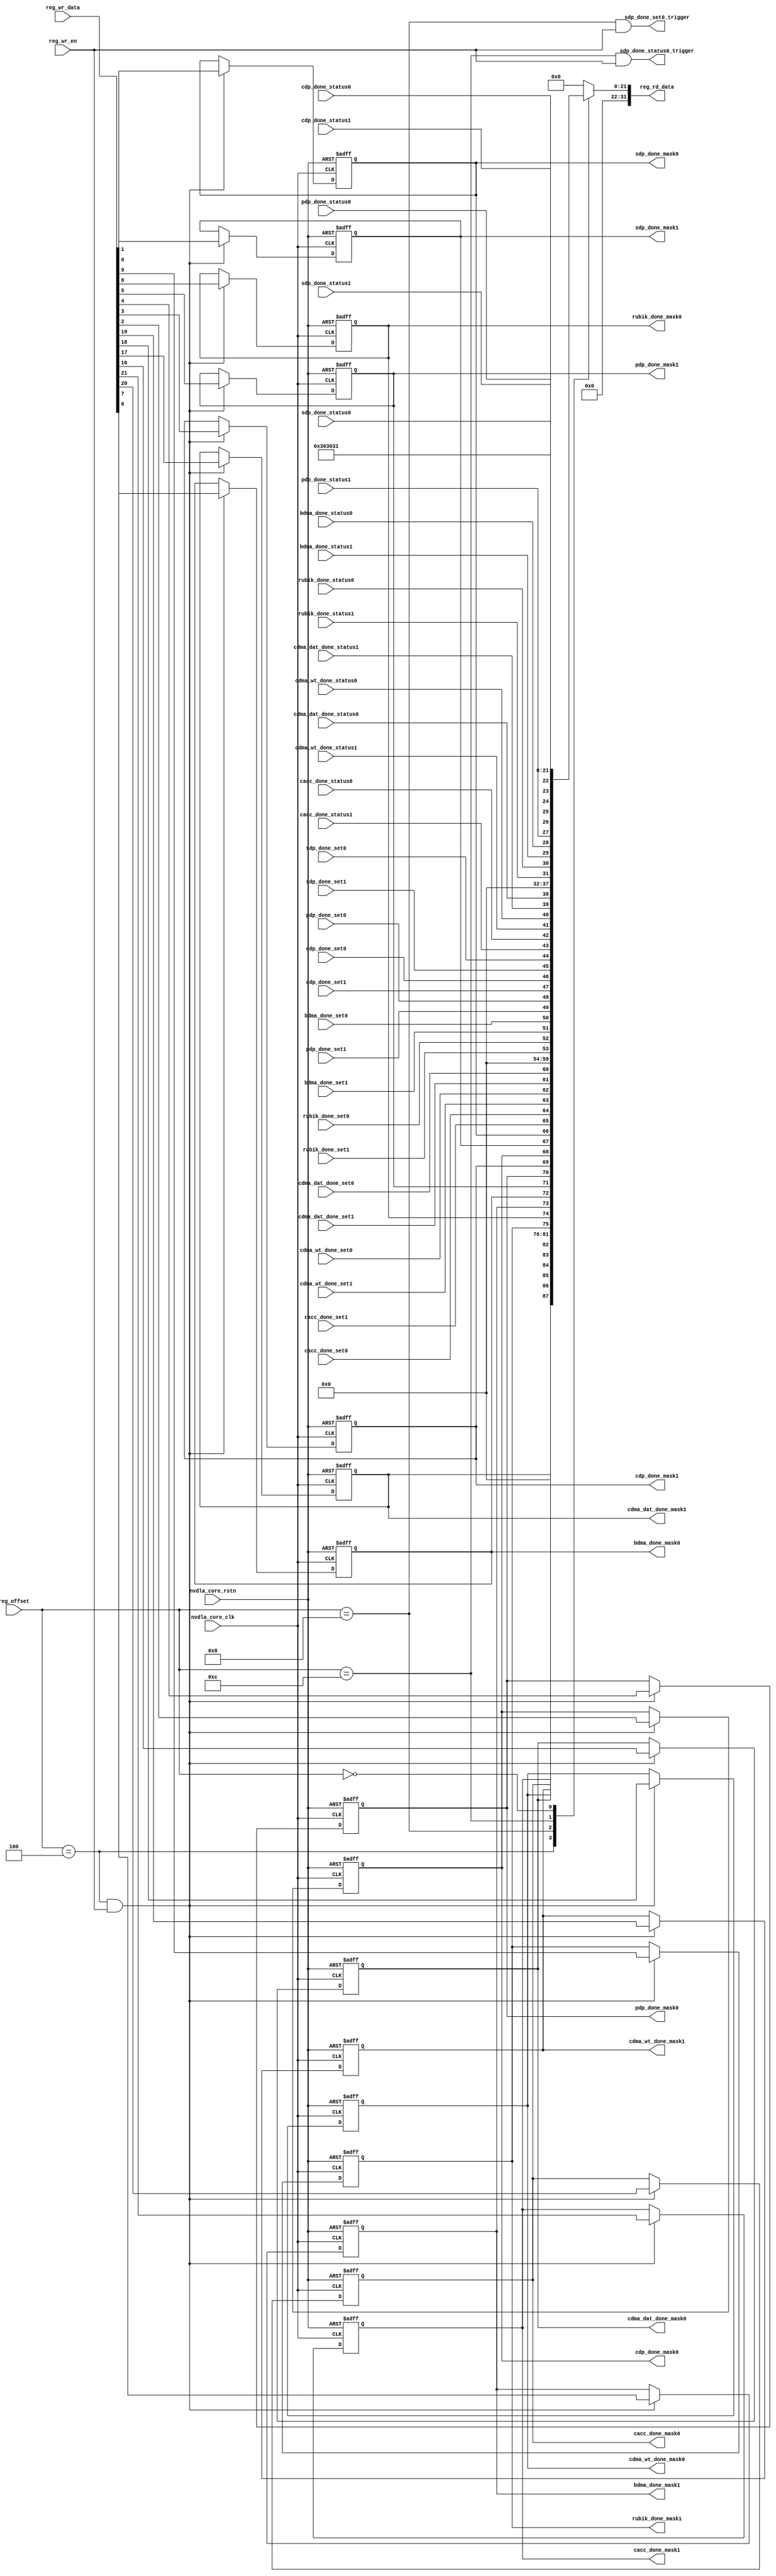
// ================================================================
// NVDLA Open Source Project
// 
// Copyright(c) 2016 - 2017 NVIDIA Corporation.  Licensed under the
// NVDLA Open Hardware License; Check "LICENSE" which comes with 
// this distribution for more information.
// ================================================================


module NV_NVDLA_GLB_CSB_reg (
   reg_rd_data
  ,reg_offset
   // verilint 498 off
   // leda UNUSED_DEC off
  ,reg_wr_data
   // verilint 498 on
   // leda UNUSED_DEC on
  ,reg_wr_en
  ,nvdla_core_clk
  ,nvdla_core_rstn
  ,bdma_done_mask0
  ,bdma_done_mask1
  ,cacc_done_mask0
  ,cacc_done_mask1
  ,cdma_dat_done_mask0
  ,cdma_dat_done_mask1
  ,cdma_wt_done_mask0
  ,cdma_wt_done_mask1
  ,cdp_done_mask0
  ,cdp_done_mask1
  ,pdp_done_mask0
  ,pdp_done_mask1
  ,rubik_done_mask0
  ,rubik_done_mask1
  ,sdp_done_mask0
  ,sdp_done_mask1
  ,sdp_done_set0_trigger
  ,sdp_done_status0_trigger
  ,bdma_done_set0
  ,bdma_done_set1
  ,cacc_done_set0
  ,cacc_done_set1
  ,cdma_dat_done_set0
  ,cdma_dat_done_set1
  ,cdma_wt_done_set0
  ,cdma_wt_done_set1
  ,cdp_done_set0
  ,cdp_done_set1
  ,pdp_done_set0
  ,pdp_done_set1
  ,rubik_done_set0
  ,rubik_done_set1
  ,sdp_done_set0
  ,sdp_done_set1
  ,bdma_done_status0
  ,bdma_done_status1
  ,cacc_done_status0
  ,cacc_done_status1
  ,cdma_dat_done_status0
  ,cdma_dat_done_status1
  ,cdma_wt_done_status0
  ,cdma_wt_done_status1
  ,cdp_done_status0
  ,cdp_done_status1
  ,pdp_done_status0
  ,pdp_done_status1
  ,rubik_done_status0
  ,rubik_done_status1
  ,sdp_done_status0
  ,sdp_done_status1
  );

wire    [7:0] major;
wire   [15:0] minor;
wire   [31:0] nvdla_glb_s_intr_mask_0_out;
wire   [31:0] nvdla_glb_s_intr_set_0_out;
wire   [31:0] nvdla_glb_s_intr_status_0_out;
wire   [31:0] nvdla_glb_s_nvdla_hw_version_0_out;
wire   [11:0] reg_offset_rd_int;
wire   [31:0] reg_offset_wr;
// Register control interface
output [31:0] reg_rd_data;
input [11:0]  reg_offset;
input [31:0]  reg_wr_data;  //(UNUSED_DEC)
input         reg_wr_en;
input         nvdla_core_clk;
input         nvdla_core_rstn;


// Writable register flop/trigger outputs
output        bdma_done_mask0;
output        bdma_done_mask1;
output        cacc_done_mask0;
output        cacc_done_mask1;
output        cdma_dat_done_mask0;
output        cdma_dat_done_mask1;
output        cdma_wt_done_mask0;
output        cdma_wt_done_mask1;
output        cdp_done_mask0;
output        cdp_done_mask1;
output        pdp_done_mask0;
output        pdp_done_mask1;
output        rubik_done_mask0;
output        rubik_done_mask1;
output        sdp_done_mask0;
output        sdp_done_mask1;
output        sdp_done_set0_trigger;
output        sdp_done_status0_trigger;

// Read-only register inputs
input         bdma_done_set0;
input         bdma_done_set1;
input         cacc_done_set0;
input         cacc_done_set1;
input         cdma_dat_done_set0;
input         cdma_dat_done_set1;
input         cdma_wt_done_set0;
input         cdma_wt_done_set1;
input         cdp_done_set0;
input         cdp_done_set1;
input         pdp_done_set0;
input         pdp_done_set1;
input         rubik_done_set0;
input         rubik_done_set1;
input         sdp_done_set0;
input         sdp_done_set1;
input         bdma_done_status0;
input         bdma_done_status1;
input         cacc_done_status0;
input         cacc_done_status1;
input         cdma_dat_done_status0;
input         cdma_dat_done_status1;
input         cdma_wt_done_status0;
input         cdma_wt_done_status1;
input         cdp_done_status0;
input         cdp_done_status1;
input         pdp_done_status0;
input         pdp_done_status1;
input         rubik_done_status0;
input         rubik_done_status1;
input         sdp_done_status0;
input         sdp_done_status1;

// wr_mask register inputs

// rstn register inputs

// leda FM_2_23 off
reg           arreggen_abort_on_invalid_wr;
reg           arreggen_abort_on_rowr;
reg           arreggen_dump;
// leda FM_2_23 on
reg           bdma_done_mask0;
reg           bdma_done_mask1;
reg           cacc_done_mask0;
reg           cacc_done_mask1;
reg           cdma_dat_done_mask0;
reg           cdma_dat_done_mask1;
reg           cdma_wt_done_mask0;
reg           cdma_wt_done_mask1;
reg           cdp_done_mask0;
reg           cdp_done_mask1;
reg           pdp_done_mask0;
reg           pdp_done_mask1;
reg    [31:0] reg_rd_data;
reg           rubik_done_mask0;
reg           rubik_done_mask1;
reg           sdp_done_mask0;
reg           sdp_done_mask1;

assign reg_offset_wr = {20'b0 , reg_offset};
// SCR signals

// Address decode
wire nvdla_glb_s_intr_mask_0_wren = (reg_offset_wr == (32'h4  & 32'h00000fff)) & reg_wr_en ;  //spyglass disable UnloadedNet-ML //(W528)
wire nvdla_glb_s_intr_set_0_wren = (reg_offset_wr == (32'h8  & 32'h00000fff)) & reg_wr_en ;  //spyglass disable UnloadedNet-ML //(W528)
wire nvdla_glb_s_intr_status_0_wren = (reg_offset_wr == (32'hc  & 32'h00000fff)) & reg_wr_en ;  //spyglass disable UnloadedNet-ML //(W528)
wire nvdla_glb_s_nvdla_hw_version_0_wren = (reg_offset_wr == (32'h0  & 32'h00000fff)) & reg_wr_en ;  //spyglass disable UnloadedNet-ML //(W528)

assign major = 8'h31;
assign minor = 16'h3030;
assign nvdla_glb_s_intr_mask_0_out[31:0] = { 10'b0, cacc_done_mask1, cacc_done_mask0, cdma_wt_done_mask1, cdma_wt_done_mask0, cdma_dat_done_mask1, cdma_dat_done_mask0, 6'b0, rubik_done_mask1, rubik_done_mask0, bdma_done_mask1, bdma_done_mask0, pdp_done_mask1, pdp_done_mask0, cdp_done_mask1, cdp_done_mask0, sdp_done_mask1, sdp_done_mask0 };
assign nvdla_glb_s_intr_set_0_out[31:0] = { 10'b0, cacc_done_set1, cacc_done_set0, cdma_wt_done_set1, cdma_wt_done_set0, cdma_dat_done_set1, cdma_dat_done_set0, 6'b0, rubik_done_set1, rubik_done_set0, bdma_done_set1, bdma_done_set0, pdp_done_set1, pdp_done_set0, cdp_done_set1, cdp_done_set0, sdp_done_set1, sdp_done_set0 };
assign nvdla_glb_s_intr_status_0_out[31:0] = { 10'b0, cacc_done_status1, cacc_done_status0, cdma_wt_done_status1, cdma_wt_done_status0, cdma_dat_done_status1, cdma_dat_done_status0, 6'b0, rubik_done_status1, rubik_done_status0, bdma_done_status1, bdma_done_status0, pdp_done_status1, pdp_done_status0, cdp_done_status1, cdp_done_status0, sdp_done_status1, sdp_done_status0 };
assign nvdla_glb_s_nvdla_hw_version_0_out[31:0] = { 8'b0, minor, major };

assign sdp_done_set0_trigger = nvdla_glb_s_intr_set_0_wren;  //(W563)
assign sdp_done_status0_trigger = nvdla_glb_s_intr_status_0_wren;  //(W563)

assign reg_offset_rd_int = reg_offset;
// Output mux
//spyglass disable_block W338, W263 
always @(
  reg_offset_rd_int
  or nvdla_glb_s_intr_mask_0_out
  or nvdla_glb_s_intr_set_0_out
  or nvdla_glb_s_intr_status_0_out
  or nvdla_glb_s_nvdla_hw_version_0_out
  ) begin
  case (reg_offset_rd_int)
     (32'h4  & 32'h00000fff): begin 
                            reg_rd_data =  nvdla_glb_s_intr_mask_0_out ;
                            end 
     (32'h8  & 32'h00000fff): begin 
                            reg_rd_data =  nvdla_glb_s_intr_set_0_out ;
                            end 
     (32'hc  & 32'h00000fff): begin 
                            reg_rd_data =  nvdla_glb_s_intr_status_0_out ;
                            end 
     (32'h0  & 32'h00000fff): begin 
                            reg_rd_data =  nvdla_glb_s_nvdla_hw_version_0_out ;
                            end 
    default: reg_rd_data = {32{1'b0}};
  endcase
end

//spyglass enable_block W338, W263

// spyglass disable_block STARC-2.10.1.6, NoConstWithXZ, W443

// Register flop declarations
always @(posedge nvdla_core_clk or negedge nvdla_core_rstn) begin
  if (!nvdla_core_rstn) begin
    bdma_done_mask0 <= 1'b0;
    bdma_done_mask1 <= 1'b0;
    cacc_done_mask0 <= 1'b0;
    cacc_done_mask1 <= 1'b0;
    cdma_dat_done_mask0 <= 1'b0;
    cdma_dat_done_mask1 <= 1'b0;
    cdma_wt_done_mask0 <= 1'b0;
    cdma_wt_done_mask1 <= 1'b0;
    cdp_done_mask0 <= 1'b0;
    cdp_done_mask1 <= 1'b0;
    pdp_done_mask0 <= 1'b0;
    pdp_done_mask1 <= 1'b0;
    rubik_done_mask0 <= 1'b0;
    rubik_done_mask1 <= 1'b0;
    sdp_done_mask0 <= 1'b0;
    sdp_done_mask1 <= 1'b0;
  end else begin
  // Register: NVDLA_GLB_S_INTR_MASK_0    Field: bdma_done_mask0
  if (nvdla_glb_s_intr_mask_0_wren) begin
    bdma_done_mask0 <= reg_wr_data[6];
  end

  // Register: NVDLA_GLB_S_INTR_MASK_0    Field: bdma_done_mask1
  if (nvdla_glb_s_intr_mask_0_wren) begin
    bdma_done_mask1 <= reg_wr_data[7];
  end

  // Register: NVDLA_GLB_S_INTR_MASK_0    Field: cacc_done_mask0
  if (nvdla_glb_s_intr_mask_0_wren) begin
    cacc_done_mask0 <= reg_wr_data[20];
  end

  // Register: NVDLA_GLB_S_INTR_MASK_0    Field: cacc_done_mask1
  if (nvdla_glb_s_intr_mask_0_wren) begin
    cacc_done_mask1 <= reg_wr_data[21];
  end

  // Register: NVDLA_GLB_S_INTR_MASK_0    Field: cdma_dat_done_mask0
  if (nvdla_glb_s_intr_mask_0_wren) begin
    cdma_dat_done_mask0 <= reg_wr_data[16];
  end

  // Register: NVDLA_GLB_S_INTR_MASK_0    Field: cdma_dat_done_mask1
  if (nvdla_glb_s_intr_mask_0_wren) begin
    cdma_dat_done_mask1 <= reg_wr_data[17];
  end

  // Register: NVDLA_GLB_S_INTR_MASK_0    Field: cdma_wt_done_mask0
  if (nvdla_glb_s_intr_mask_0_wren) begin
    cdma_wt_done_mask0 <= reg_wr_data[18];
  end

  // Register: NVDLA_GLB_S_INTR_MASK_0    Field: cdma_wt_done_mask1
  if (nvdla_glb_s_intr_mask_0_wren) begin
    cdma_wt_done_mask1 <= reg_wr_data[19];
  end

  // Register: NVDLA_GLB_S_INTR_MASK_0    Field: cdp_done_mask0
  if (nvdla_glb_s_intr_mask_0_wren) begin
    cdp_done_mask0 <= reg_wr_data[2];
  end

  // Register: NVDLA_GLB_S_INTR_MASK_0    Field: cdp_done_mask1
  if (nvdla_glb_s_intr_mask_0_wren) begin
    cdp_done_mask1 <= reg_wr_data[3];
  end

  // Register: NVDLA_GLB_S_INTR_MASK_0    Field: pdp_done_mask0
  if (nvdla_glb_s_intr_mask_0_wren) begin
    pdp_done_mask0 <= reg_wr_data[4];
  end

  // Register: NVDLA_GLB_S_INTR_MASK_0    Field: pdp_done_mask1
  if (nvdla_glb_s_intr_mask_0_wren) begin
    pdp_done_mask1 <= reg_wr_data[5];
  end

  // Register: NVDLA_GLB_S_INTR_MASK_0    Field: rubik_done_mask0
  if (nvdla_glb_s_intr_mask_0_wren) begin
    rubik_done_mask0 <= reg_wr_data[8];
  end

  // Register: NVDLA_GLB_S_INTR_MASK_0    Field: rubik_done_mask1
  if (nvdla_glb_s_intr_mask_0_wren) begin
    rubik_done_mask1 <= reg_wr_data[9];
  end

  // Register: NVDLA_GLB_S_INTR_MASK_0    Field: sdp_done_mask0
  if (nvdla_glb_s_intr_mask_0_wren) begin
    sdp_done_mask0 <= reg_wr_data[0];
  end

  // Register: NVDLA_GLB_S_INTR_MASK_0    Field: sdp_done_mask1
  if (nvdla_glb_s_intr_mask_0_wren) begin
    sdp_done_mask1 <= reg_wr_data[1];
  end

  // Not generating flops for field NVDLA_GLB_S_INTR_SET_0::bdma_done_set0 (to be implemented outside)

  // Not generating flops for field NVDLA_GLB_S_INTR_SET_0::bdma_done_set1 (to be implemented outside)

  // Not generating flops for field NVDLA_GLB_S_INTR_SET_0::cacc_done_set0 (to be implemented outside)

  // Not generating flops for field NVDLA_GLB_S_INTR_SET_0::cacc_done_set1 (to be implemented outside)

  // Not generating flops for field NVDLA_GLB_S_INTR_SET_0::cdma_dat_done_set0 (to be implemented outside)

  // Not generating flops for field NVDLA_GLB_S_INTR_SET_0::cdma_dat_done_set1 (to be implemented outside)

  // Not generating flops for field NVDLA_GLB_S_INTR_SET_0::cdma_wt_done_set0 (to be implemented outside)

  // Not generating flops for field NVDLA_GLB_S_INTR_SET_0::cdma_wt_done_set1 (to be implemented outside)

  // Not generating flops for field NVDLA_GLB_S_INTR_SET_0::cdp_done_set0 (to be implemented outside)

  // Not generating flops for field NVDLA_GLB_S_INTR_SET_0::cdp_done_set1 (to be implemented outside)

  // Not generating flops for field NVDLA_GLB_S_INTR_SET_0::pdp_done_set0 (to be implemented outside)

  // Not generating flops for field NVDLA_GLB_S_INTR_SET_0::pdp_done_set1 (to be implemented outside)

  // Not generating flops for field NVDLA_GLB_S_INTR_SET_0::rubik_done_set0 (to be implemented outside)

  // Not generating flops for field NVDLA_GLB_S_INTR_SET_0::rubik_done_set1 (to be implemented outside)

  // Not generating flops for field NVDLA_GLB_S_INTR_SET_0::sdp_done_set0 (to be implemented outside)

  // Not generating flops for field NVDLA_GLB_S_INTR_SET_0::sdp_done_set1 (to be implemented outside)

  // Not generating flops for field NVDLA_GLB_S_INTR_STATUS_0::bdma_done_status0 (to be implemented outside)

  // Not generating flops for field NVDLA_GLB_S_INTR_STATUS_0::bdma_done_status1 (to be implemented outside)

  // Not generating flops for field NVDLA_GLB_S_INTR_STATUS_0::cacc_done_status0 (to be implemented outside)

  // Not generating flops for field NVDLA_GLB_S_INTR_STATUS_0::cacc_done_status1 (to be implemented outside)

  // Not generating flops for field NVDLA_GLB_S_INTR_STATUS_0::cdma_dat_done_status0 (to be implemented outside)

  // Not generating flops for field NVDLA_GLB_S_INTR_STATUS_0::cdma_dat_done_status1 (to be implemented outside)

  // Not generating flops for field NVDLA_GLB_S_INTR_STATUS_0::cdma_wt_done_status0 (to be implemented outside)

  // Not generating flops for field NVDLA_GLB_S_INTR_STATUS_0::cdma_wt_done_status1 (to be implemented outside)

  // Not generating flops for field NVDLA_GLB_S_INTR_STATUS_0::cdp_done_status0 (to be implemented outside)

  // Not generating flops for field NVDLA_GLB_S_INTR_STATUS_0::cdp_done_status1 (to be implemented outside)

  // Not generating flops for field NVDLA_GLB_S_INTR_STATUS_0::pdp_done_status0 (to be implemented outside)

  // Not generating flops for field NVDLA_GLB_S_INTR_STATUS_0::pdp_done_status1 (to be implemented outside)

  // Not generating flops for field NVDLA_GLB_S_INTR_STATUS_0::rubik_done_status0 (to be implemented outside)

  // Not generating flops for field NVDLA_GLB_S_INTR_STATUS_0::rubik_done_status1 (to be implemented outside)

  // Not generating flops for field NVDLA_GLB_S_INTR_STATUS_0::sdp_done_status0 (to be implemented outside)

  // Not generating flops for field NVDLA_GLB_S_INTR_STATUS_0::sdp_done_status1 (to be implemented outside)

  // Not generating flops for constant field NVDLA_GLB_S_NVDLA_HW_VERSION_0::major

  // Not generating flops for constant field NVDLA_GLB_S_NVDLA_HW_VERSION_0::minor

  end
end
// spyglass enable_block STARC-2.10.1.6, NoConstWithXZ, W443

// synopsys translate_off
// VCS coverage off
initial begin
  arreggen_dump                  = $test$plusargs("arreggen_dump_wr");
  arreggen_abort_on_rowr         = $test$plusargs("arreggen_abort_on_rowr");
  arreggen_abort_on_invalid_wr   = $test$plusargs("arreggen_abort_on_invalid_wr");
`ifdef VERILATOR
`else
  $timeformat(-9, 2, "ns", 15);
`endif
end

always @(posedge nvdla_core_clk) begin
  if (reg_wr_en) begin
    case(reg_offset)
      (32'h4  & 32'h00000fff): if (arreggen_dump) $display("%t:%m: reg wr: NVDLA_GLB_S_INTR_MASK_0 = 0x%h (old value: 0x%h, 0x%b))", $time, reg_wr_data, nvdla_glb_s_intr_mask_0_out, nvdla_glb_s_intr_mask_0_out);
      (32'h8  & 32'h00000fff): if (arreggen_dump) $display("%t:%m: reg wr: NVDLA_GLB_S_INTR_SET_0 = 0x%h (old value: 0x%h, 0x%b))", $time, reg_wr_data, nvdla_glb_s_intr_set_0_out, nvdla_glb_s_intr_set_0_out);
      (32'hc  & 32'h00000fff): if (arreggen_dump) $display("%t:%m: reg wr: NVDLA_GLB_S_INTR_STATUS_0 = 0x%h (old value: 0x%h, 0x%b))", $time, reg_wr_data, nvdla_glb_s_intr_status_0_out, nvdla_glb_s_intr_status_0_out);
      (32'h0  & 32'h00000fff): begin
          if (arreggen_dump) $display("%t:%m: read-only reg wr: NVDLA_GLB_S_NVDLA_HW_VERSION_0 = 0x%h", $time, reg_wr_data);
          if (arreggen_abort_on_rowr) begin $display("ERROR: write to read-only register!"); $finish; end
        end
      default: begin
          if (arreggen_dump) $display("%t:%m: reg wr: Unknown register (0x%h) = 0x%h", $time, reg_offset, reg_wr_data);
          if (arreggen_abort_on_invalid_wr) begin $display("ERROR: write to undefined register!"); $finish; end
        end
    endcase
  end
end

// VCS coverage on
// synopsys translate_on

endmodule // NV_NVDLA_GLB_CSB_reg